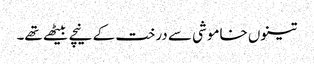
تینوں خاموشی سے درخت کے نیچے بیٹھے تھے۔